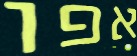
אפו